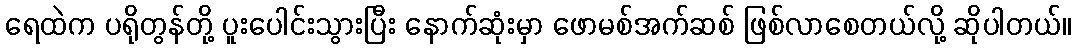
ရေထဲက ပရိုတွန်တို့ ပူးပေါင်းသွားပြီး နောက်ဆုံးမှာ ဖောမစ်အက်ဆစ် ဖြစ်လာစေတယ်လို့ ဆိုပါတယ်။